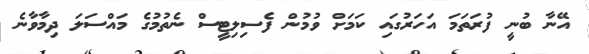
އޭނާ ބުނީ ފުރަތަމަ އަހަރުގައި ކަމަށް ވުމުން ފެސިލިޓީސް ނެތުމުގެ މައްސަލަ ދިމާވާނެ